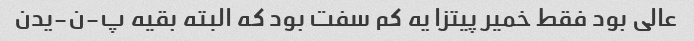
عالی بود فقط خمیر پیتزا یه کم سفت بود که البته بقیه پ-ن-یدن